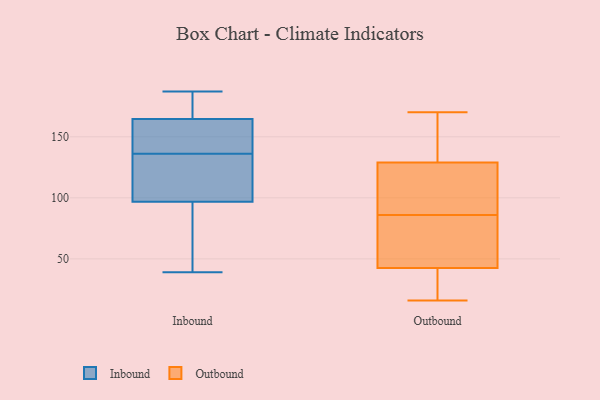
{"axis": {"x": "Population (Million)", "y": "Value"}, "legend": ["Inbound", "Outbound"], "data": [{"x": "", "y": 48, "type": "Inbound"}, {"x": "", "y": 167, "type": "Inbound"}, {"x": "", "y": 152, "type": "Inbound"}, {"x": "", "y": 186, "type": "Inbound"}, {"x": "", "y": 39, "type": "Inbound"}, {"x": "", "y": 187, "type": "Inbound"}, {"x": "", "y": 88, "type": "Inbound"}, {"x": "", "y": 123, "type": "Inbound"}, {"x": "", "y": 157, "type": "Inbound"}, {"x": "", "y": 129, "type": "Inbound"}, {"x": "", "y": 136, "type": "Inbound"}, {"x": "", "y": 136, "type": "Outbound"}, {"x": "", "y": 47, "type": "Outbound"}, {"x": "", "y": 133, "type": "Outbound"}, {"x": "", "y": 38, "type": "Outbound"}, {"x": "", "y": 125, "type": "Outbound"}, {"x": "", "y": 32, "type": "Outbound"}, {"x": "", "y": 122, "type": "Outbound"}, {"x": "", "y": 170, "type": "Outbound"}, {"x": "", "y": 75, "type": "Outbound"}, {"x": "", "y": 92, "type": "Outbound"}, {"x": "", "y": 16, "type": "Outbound"}, {"x": "", "y": 80, "type": "Outbound"}]}